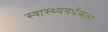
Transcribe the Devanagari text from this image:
स्वास्थ्यवर्धकता